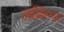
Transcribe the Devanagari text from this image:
लळिंगचा